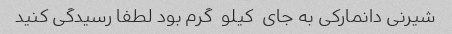
شیرنی دانمارکی به جای  کیلو  گرم بود لطفا رسیدگی کنید